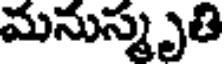
మనుస్మృతి